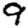
Digit: 9